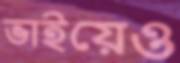
ভাইয়েও